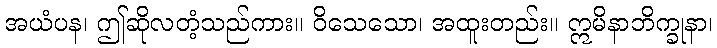
အယံပန၊ ဤဆိုလတံ့သည်ကား။ ဝိသေသော၊ အထူးတည်း။ ဣမိနာဘိက္ခုနာ၊